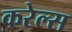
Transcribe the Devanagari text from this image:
करेल्स